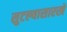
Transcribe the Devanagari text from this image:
सुटल्यासारखे